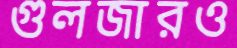
গুলজারও